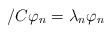
LaTeX: \begin{align*}\slash{C}\varphi_{n}=\lambda_{n}\varphi_{n}\end{align*}